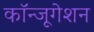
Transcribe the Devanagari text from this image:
कॉन्जूगेशन